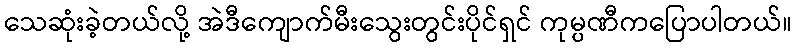
သေဆုံးခဲ့တယ်လို့ အဲဒီကျောက်မီးသွေးတွင်းပိုင်ရှင် ကုမ္ပဏီကပြောပါတယ်။